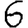
Digit: 6